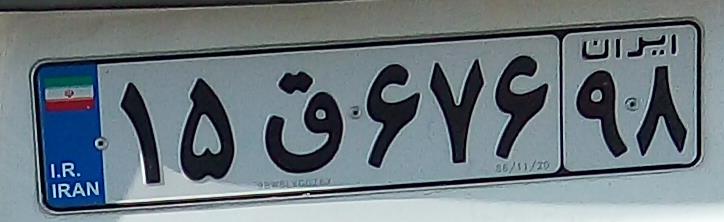
۱۵ق۶۷۶۹۸